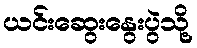
ယင်းဆွေးနွေးပွဲသို့